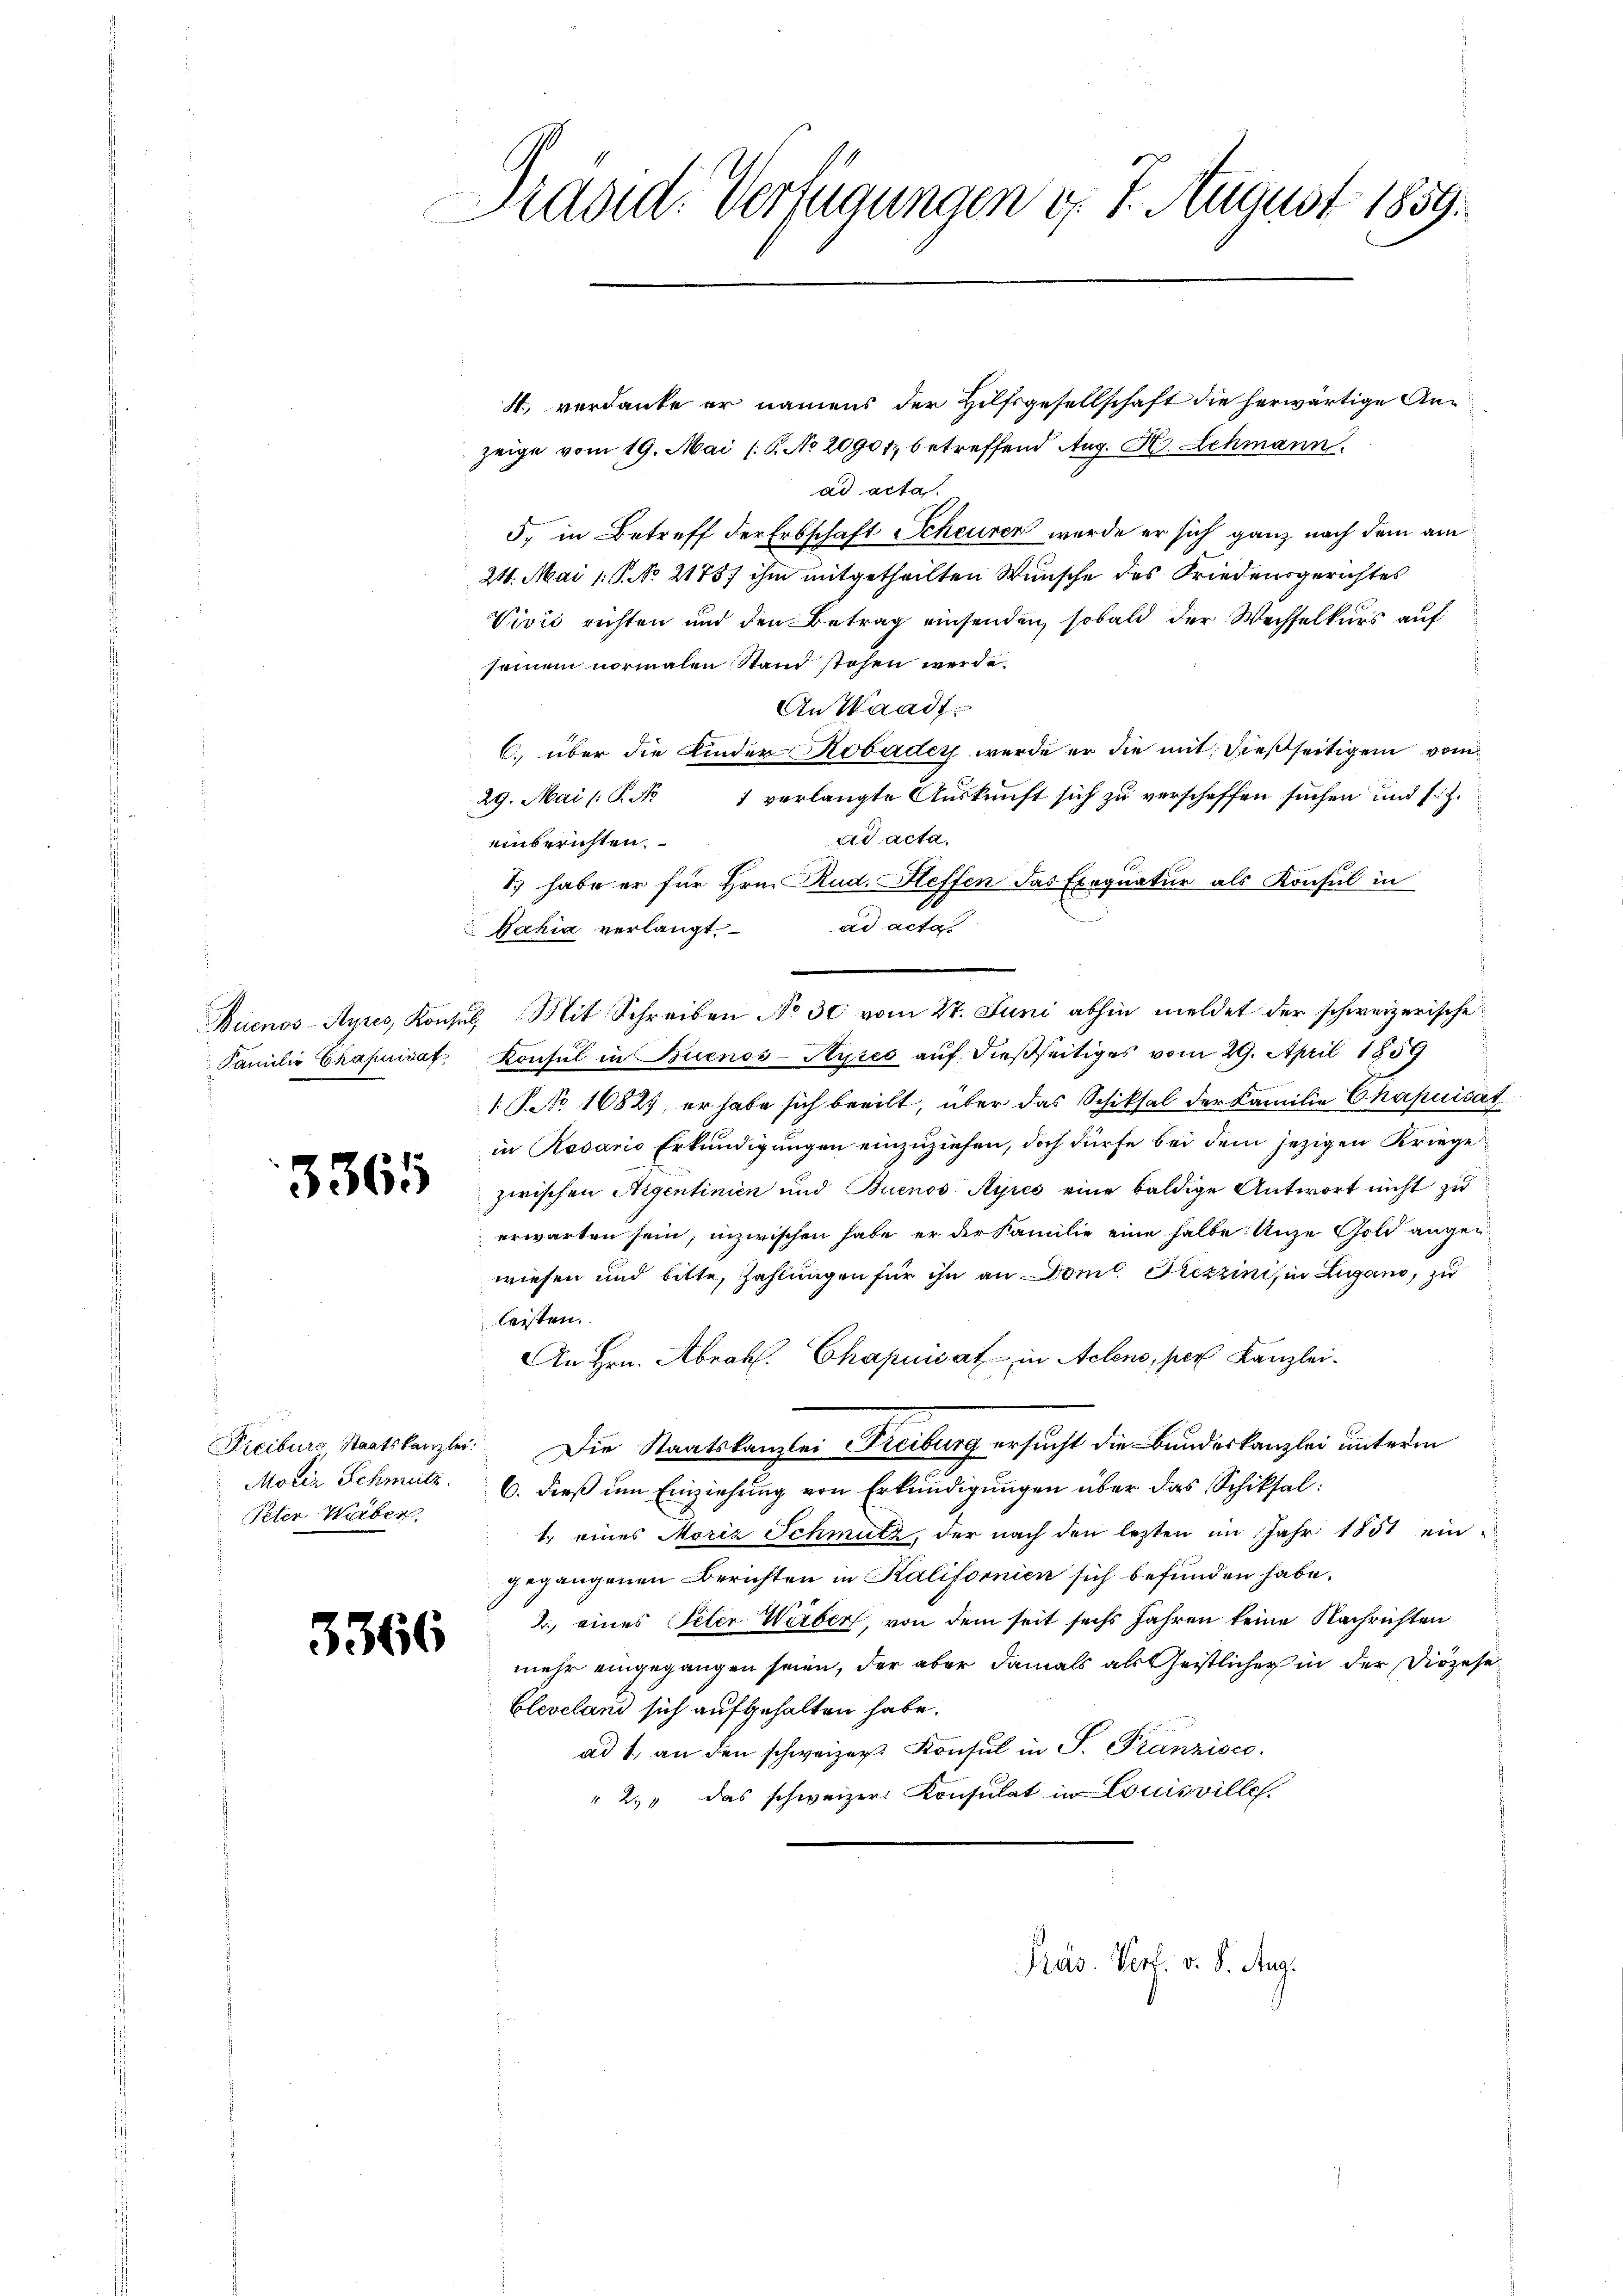
3364

Peter Haber

2

366

dsid. Verfügungen d. 8. August 1859.

4, verdanke er namens der Hilfsgesellschaft die herwärtige Anzeige vom 19. Mai 16. No 20901, betreffend Aug. H. Schmann
ad acta.
5, in Betreff der Erbschaft Scheuren wurde er sich ganz nach dem am
24. Mai 1.P. No 2175. ihm mitgetheilten Wünsche des Friedensgerichtes
Vivić richten und den Betrag einsenden, sobald der Wechselkurs auf
seinem normalen Stand stehen werde.
An Waadt.
C. über die Kinder Kobader werde er die mit dießseitigen vom
29. Mai (§. 1 verlangte Auskunft sich zu verschaffen suchen und s. z.
ad acta.
einberichten.
1.) habe er für Hrn. Rud. Heffen das Exequatur als Konsul in
ad acta
Bahia verlangt
Buenos-Ayres, Konsul, Mit Schreiben No 30 vom 27. Juni abhin meldet der schweizerische
Familie Chapuirat Konsul in Buenos-Ayres auf dießseitiges vom 29. April 1859
1 S. Nr. 16821, er habe sich beeilt, über das Schiksal der Familie Chapuisät
in Rosario Erkundigungen einzuziehen, doch dürfe bei dem jezigen Kriege
zwischen Aigentinien und Buenos Ayres eine baldige Antwort nicht zu
erwarten sein; inzwischen habe er der Familie eine halbe Unze Gold augen
wiesen und bitte, zahlungen für ihn an Domt. Rezzini, in Lugano, zu
leisten.
An Hrn. Abrah. Chapuidat in Aeleno, per Kanzlei-
Freiburs Staatskanzlei. Die Staatskanzlei Freiburg ersucht die Bundeskanzlei unterm
Moriz Schmutz. 6. dieß um Einziehung von Erkundigungen über das Schiksal:
1. eines Moriz Schmutz, der nach den lezten im Jahr 1851 ein-
gegangenen Berichten in Kalifornien sich befunden habe.
2. eines Peter Werber, von dem seit sechs Jahren keine Nachrichten
mehr eingegangen seien, der aber damals als Geistlicher in der Diözese¬
Eleveland sich aufgehalten habe.
ad 1., an den schweizer. Konsul in P. Franzisco
" 2. das schweizer. Konsulat in Louisville.

Präs. Vert. v. 8. Aug.